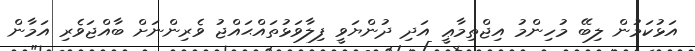
އަޅުކަމުން ލިބޭ މުހިންމު އިޖްތިމާޢީ އަދި ދުންޔަވީ ފިލާވަޅުތައްޙައްޖު ވެރިންނަށް ބާއްޖަވެރި އަމާން